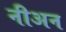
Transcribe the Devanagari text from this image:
नीअन